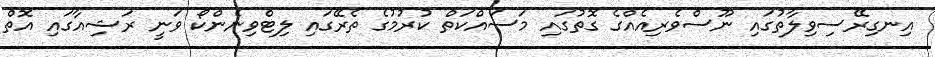
އިނގިރޭސިވިލާތުގައި ނޫސްވެރިއެއްގެ ގޮތުގައި މަސައްކަތް ކުރުމުގެ ތެރޭގައި ލިޓްވިނެންކޯ ވަނީ ރަޝިއާގައި އޮތް